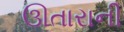
ઊતારાની